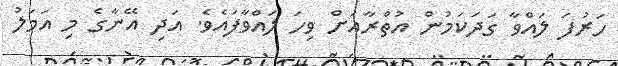
ހަރުފަ ލައްވާ ގަދަކަމުން އުތްރާއަށް ވިހަ ލައްވާފައެވެ. އަދި އޭނާގެ މި އަމަލު